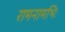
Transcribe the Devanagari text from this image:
रामनामभिः